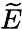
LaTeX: \widetilde{E}